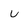
Character: U